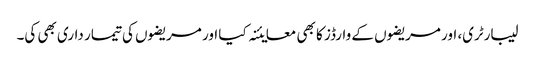
لیبارٹری، اور مریضوں کے وارڈز کا بھی معایئنہ کیا اور مریضوں کی تیمار داری بھی کی۔